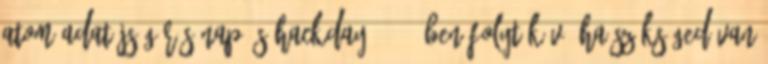
Atom Adatújságírás-nap és hackday, 2014-ben folyt.köv. Ha szükséged van